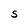
Character: S